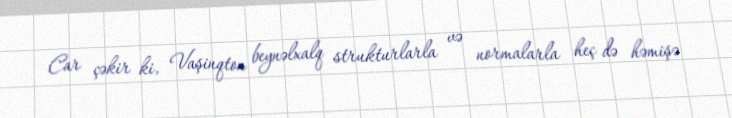
Car çəkir ki, Vaşinqton beynəlxalq strukturlarla və normalarla heç də həmişə